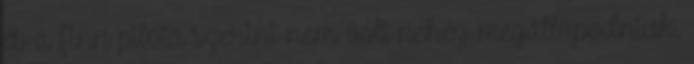
és a finn pilóta szerint nem volt nehéz megállapodniuk.